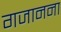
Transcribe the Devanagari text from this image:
गजानना